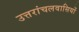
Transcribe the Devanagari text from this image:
उत्तरांचलवासियों